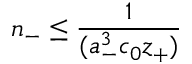
n _ { - } \le \frac { 1 } { ( a _ { - } ^ { 3 } c _ { 0 } z _ { + } ) }